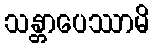
သန္တာပေဿာမိ